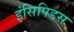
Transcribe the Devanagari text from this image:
इंसिपिडस